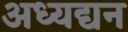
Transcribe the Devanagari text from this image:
अध्यद्यन